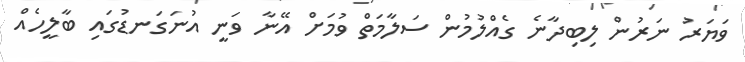
ވަޔަރު ނަރުން ލިބިދާނެ ގެއްލުމުން ސަލާމަތް ވުމަށް އޭނާ ވަނީ އުނަގަނޑުގައި ބާލީހެއް